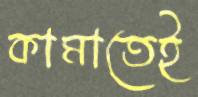
কামাতেই